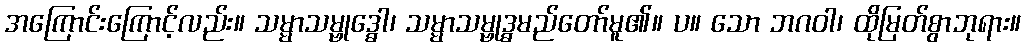
အကြောင်းကြောင့်လည်း။ သမ္မာသမ္ဗုဒ္ဓေါ၊ သမ္မာသမ္ဗုဒ္ဓမည်တော်မူ၏။ ပ။ သော ဘဂဝါ၊ ထိုမြတ်စွာဘုရား။